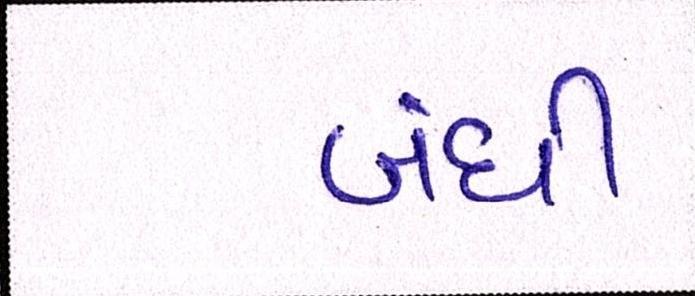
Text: બંધી